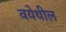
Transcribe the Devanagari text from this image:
वयेथील